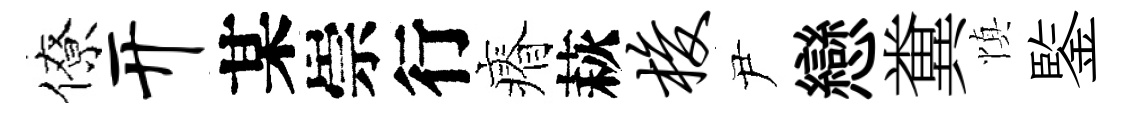
僚开某崇行瘠萩梭尹戀糞慎鍳